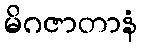
မိဂဇာတာနံ